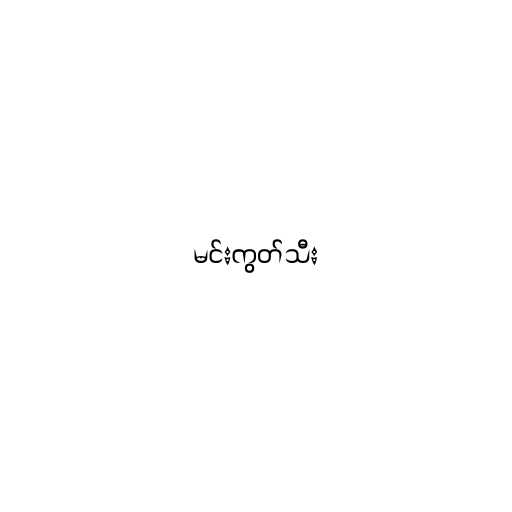
မင်းကွတ်သီး